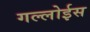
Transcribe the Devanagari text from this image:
गल्लोईस